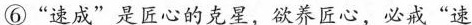
⑥”速成”是匠心的克里，欲养匠心，必戒”速